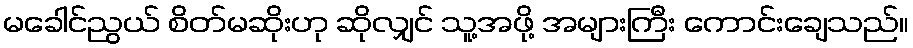
မခေါင်ညွယ် စိတ်မဆိုးဟု ဆိုလျှင် သူ့အဖို့ အများကြီး ကောင်းချေသည်။